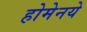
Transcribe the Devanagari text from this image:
होमेनये